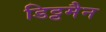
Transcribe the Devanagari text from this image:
डिट्टमैन